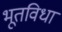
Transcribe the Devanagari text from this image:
भूतविधा